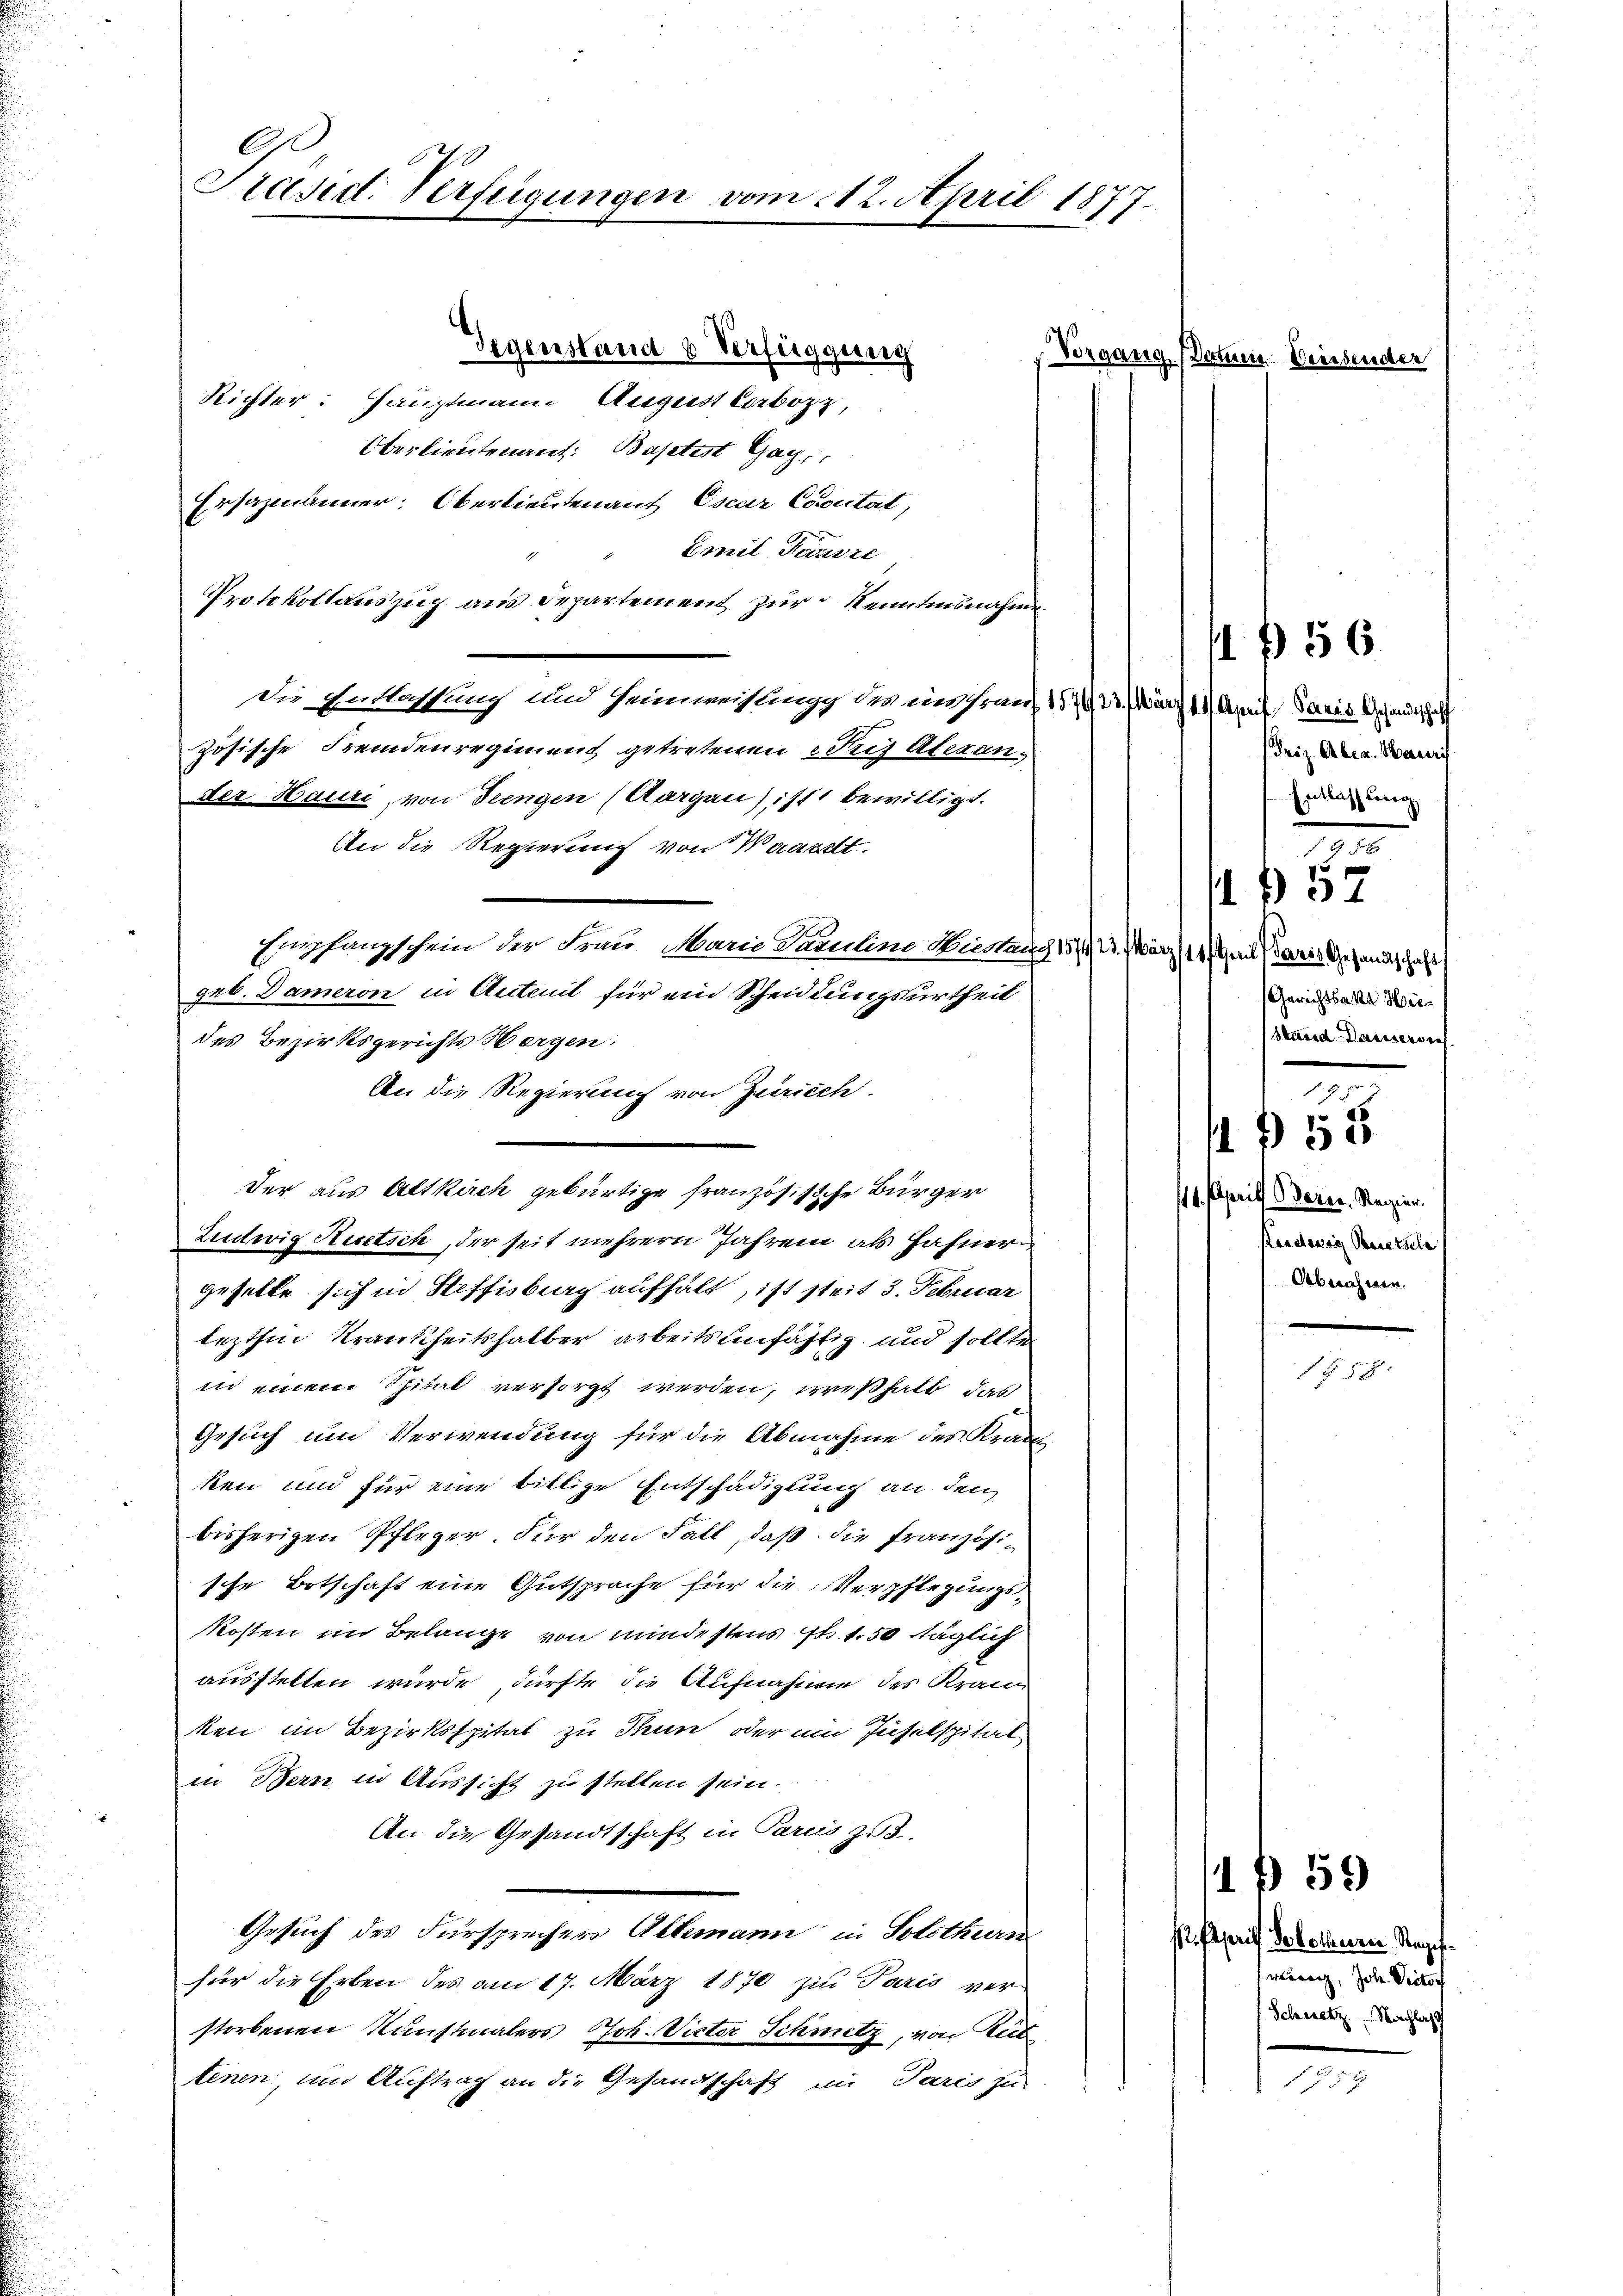
6
Präsid. Verfügungen vom 12. April 1877.

Gegenstand b Verfügung
Richter: Hauptmann. August Lorbozz,
Oberlieutenant: Baptist Gagi
Ersazmänner. Oberlieutenaus Escar Cocität,
Emil Heinric
Protokollauszug aus Departement zur Kenntnisnahme
Die Entlassung und Heimwehlung des inshrauf 1579, 23. März 1. April daris Schandtschaft
zösische Fremdenregiment getretenen Friz Alexander Hauri, von Seengen (Aargau) i/11 bewilligt.
An die Regierung von Waaret.
Empfangschein der Frau Marie Faculine Hiestang
gab. Dameron in Anteil für ein Scheidungsurtheil
des Bezirksgerichts Wergen:
An die Regierung von Zürich
Der aus Altkich gebürtige französische Bürger
Lewig Rietsch, der seit mehrere Jahren als Hahner
geselle sich in Steffisburg aufhalt, ist seit 3. Februar
lezthin Krankheitshalber arbeitsunfählig und sollten
in einem Spital versorgt werden, weßhalb das
Gesuch um Verwendung für die Abnahme des Kranken und für eine billige Entschädigung an den
bisherigen Pfleger. Für den Fall, daß die Französische Botschaft eine Gutsprache für die Verpflegungskosten im Belange von mindestens ist. 1.50 täglich
ausstellen wurde, dürfte die Aufnahme des Kran
ken im Bezirksspital zu Thun, oder ein Juselspital
in Bern in Aussicht zu stellen sein.
An die Gesandtschaft in Paris zu 3.
Gesuch des Fürsprechers Allemann in Solothurn
für die Erben des am 17. März 1870 zur Paris ver-
storbenen Kunstmalers Joh. Victor Schmetz, von Rit
tenen, um Auftrag an die Gesandtschaft in Paris zu

Vorgang (Datum Weissender

Friz Aber Haurys
Entlassung
198

1 § 56.

B 57

114f theil daris Gesandtschaft
Gerichtsakt Wie¬
Stand Darasersich

2

1. April derer Regier.
Leidewig Beetsele
Abnahmen.

1 f 55

F. S.

159

s. April Sokollenen Ragif
werenz, Joh. Victor
f Schnetz Nachlas